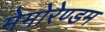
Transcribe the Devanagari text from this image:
मेमोरेण्डम